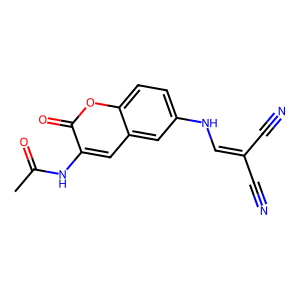
SMILES: CC(=O)Nc1cc2cc(NC=C(C#N)C#N)ccc2oc1=O
Inhibits HIV replication: No